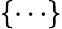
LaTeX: \{ \cdots\}